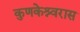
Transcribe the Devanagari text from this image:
कुणकेश्र्वरास